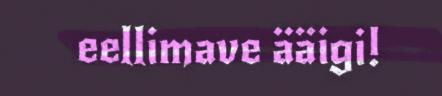
eellimave ääigi!